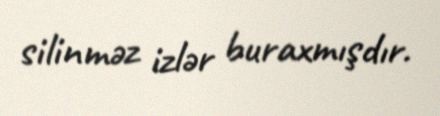
silinməz izlər buraxmışdır.